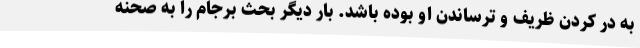
به در کردن ظریف و ترساندن او بوده باشد. بار دیگر بحث برجام را به صحنه